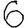
Digit: 6